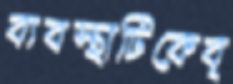
ব্যবস্থাটিকেবৃ